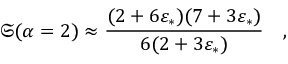
\mathfrak { S } ( \alpha = 2 ) \approx \frac { ( 2 + 6 \varepsilon _ { \ast } ) ( 7 + 3 \varepsilon _ { \ast } ) } { 6 ( 2 + 3 \varepsilon _ { \ast } ) } \quad ,